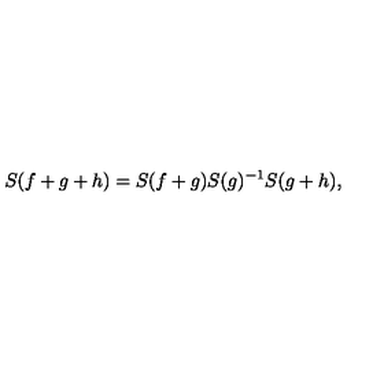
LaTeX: S ( f + g + h ) = S ( f + g ) S ( g ) ^ { - 1 } S ( g + h ) ,